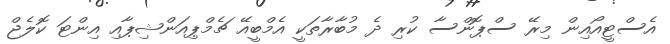
އެސްޓީއޯއިން މިރޭ ސްޕޮންސާ ކުރި ދެ މުބާރާތަކީ އެމްބީއޭ ޗެމްޕިއަންޝިޕާއި އިންޓަ ކޮލެޖް